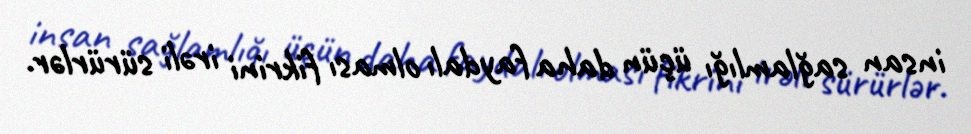
insan sağlamlığı üçün daha faydalı olması fikrini irəli sürürlər.